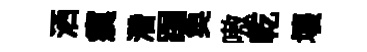
洒瘼濳跼奐嗷乾壞